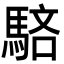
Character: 𩣖